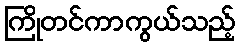
ကြိုတင်ကာကွယ်သည့်